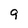
Character: q